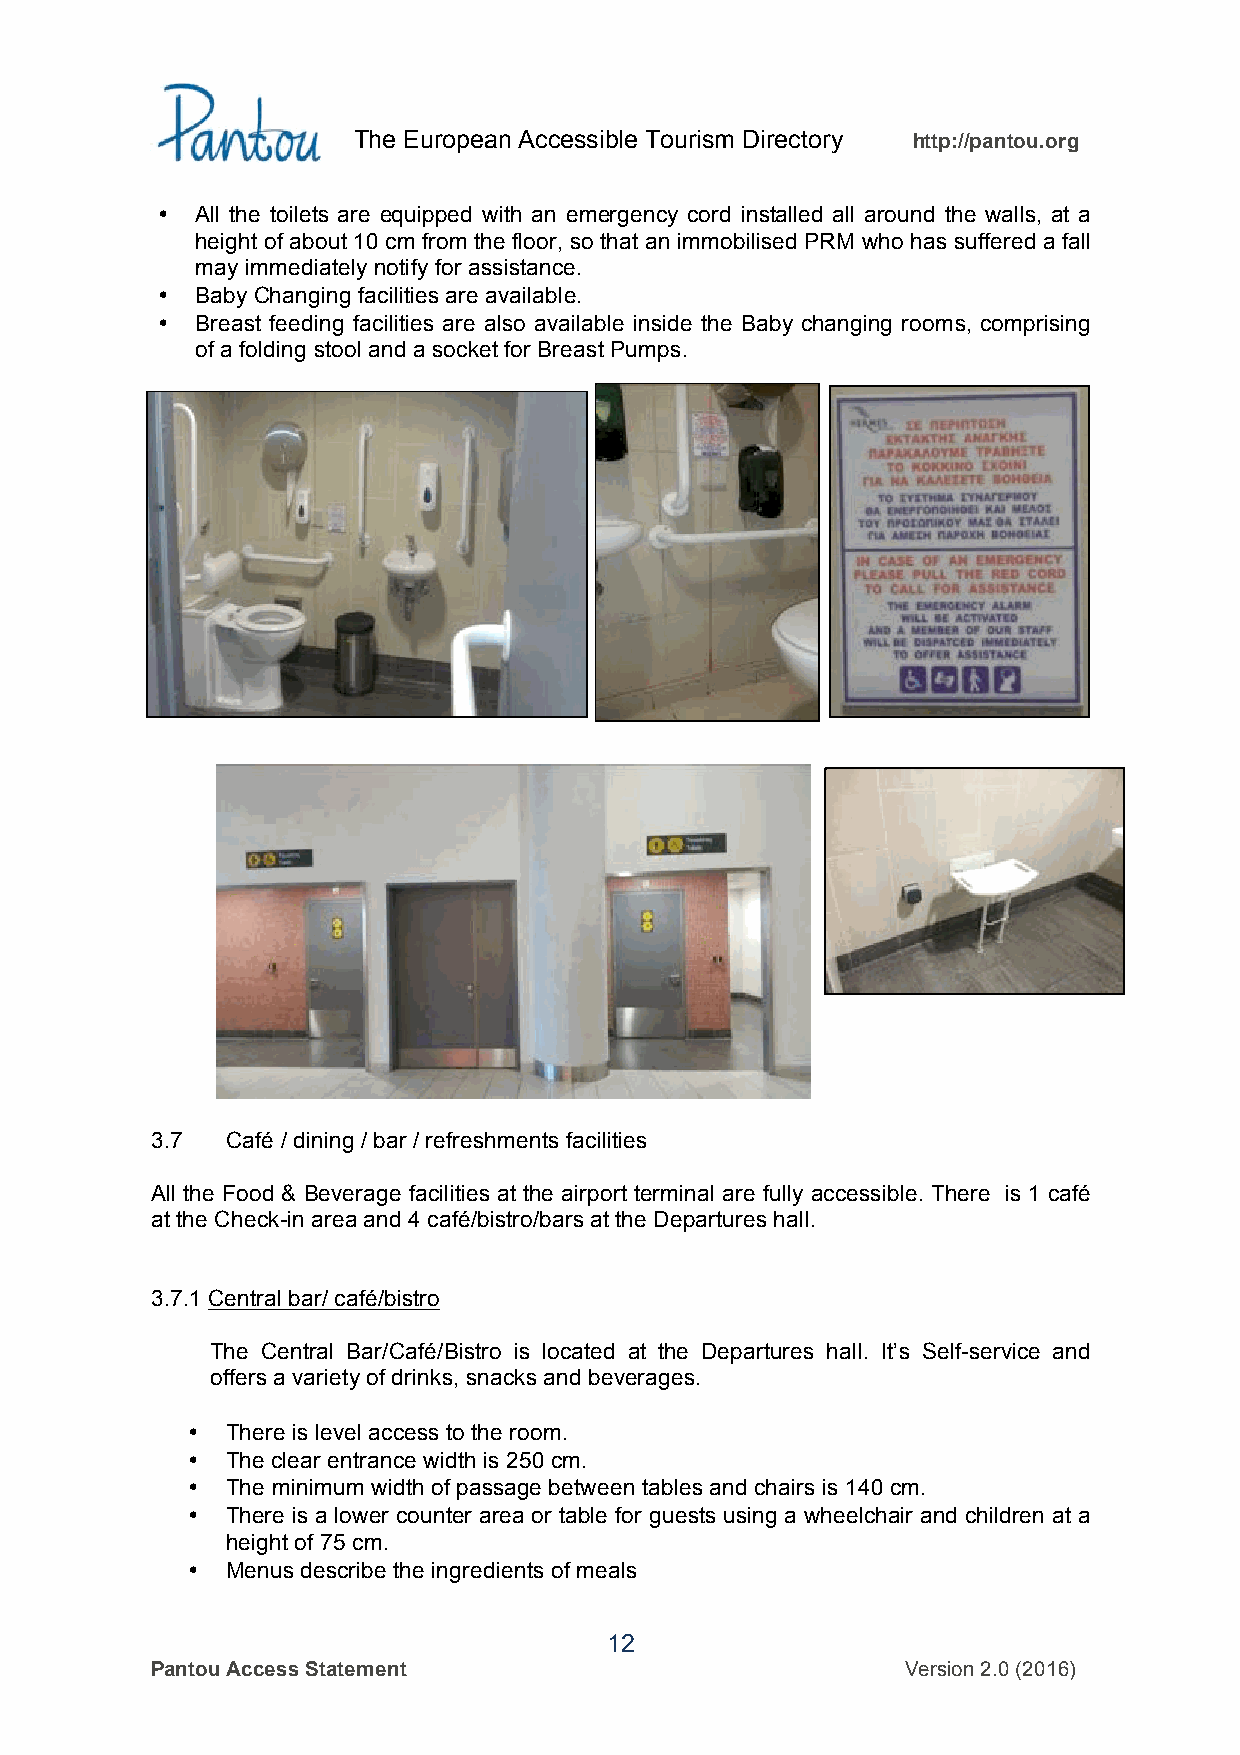
The European Accessible Tourism Directory http://pantou.org
 •  All the toilets are equipped with an emergency cord installed all around the walls, at a
 height of about 10 cm from the floor, so that an immobilised PRM who has suffered a fall
 may immediately notify for assistance.
 •  Baby Changing facilities are available.
 •  Breast feeding facilities are also available inside the Baby changing rooms, comprising
 of a folding stool and a socket for Breast Pumps.
 3.7  Café / dining / bar / refreshments facilities
 All the Food & Beverage facilities at the airport terminal are fully accessible. There is 1 café
 at the Check-in area and 4 café/bistro/bars at the Departures hall.
 3.7.1 Central bar/ café/bistro
 The Central Bar/Café/Bistro is located at the Departures hall. It’s Self-service and
 offers a variety of drinks, snacks and beverages.
 •  There is level access to the room.
 •  The clear entrance width is 250 cm.
 •  The minimum width of passage between tables and chairs is 140 cm.
 •  There is a lower counter area or table for guests using a wheelchair and children at a
 height of 75 cm.
 •  Menus describe the ingredients of meals
 12
 Pantou Access Statement                           Version 2.0 (2016)